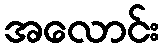
အလောင်း